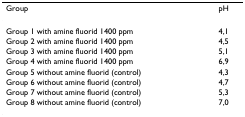
| Group | pH |
 | --- | --- |
 | Group 1 with amine fluorid 1400 ppm | 4,1 |
 | Group 2 with amine fluorid 1400 ppm | 4,5 |
 | Group 3 with amine fluorid 1400 ppm | 5,1 |
 | Group 4 with amine fluorid 1400 ppm | 6,9 |
 | Group 5 without amine fluorid (control) | 4,3 |
 | Group 6 without amine fluorid (control) | 4,7 |
 | Group 7 without amine fluorid (control) | 5,3 |
 | Group 8 without amine fluorid (control) | 7,0 |